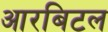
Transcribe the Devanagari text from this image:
आरबिटल